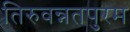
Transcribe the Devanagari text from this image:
तिरुवन्नतपुरम